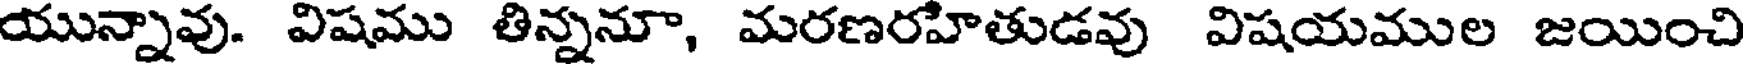
యున్నావు. విషము తిన్ననూ, మరణరహితుడవు విషయముల జయించి